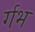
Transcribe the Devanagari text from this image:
र्गभ